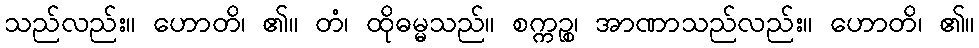
သည်လည်း။ ဟောတိ၊ ၏။ တံ၊ ထိုဓမ္မသည်။ စက္ကဉ္စ၊ အာဏာသည်လည်း။ ဟောတိ၊ ၏။